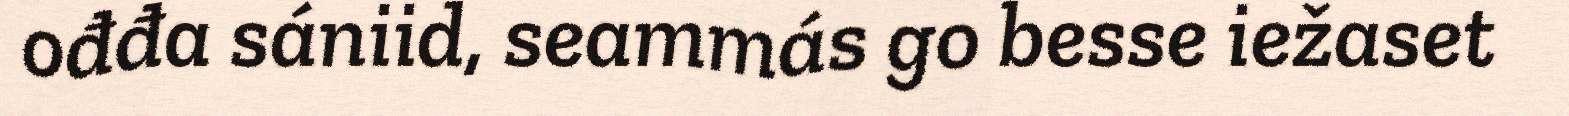
ođđa sániid, seammás go besse iežaset